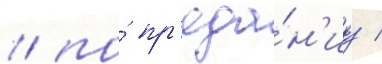
/ по́ пр'еда́н'иу /